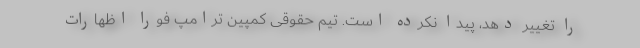
را تغییر دهد، پیدا نکرده است. تیم حقوقی کمپین ترامپ فورا اظهارات